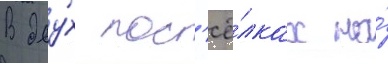
В дву́х пос'ё́лках на́